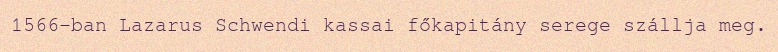
1566-ban Lazarus Schwendi kassai főkapitány serege szállja meg.